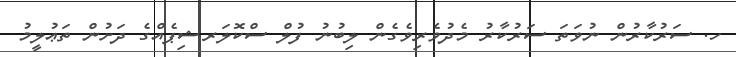
ހ. ސަރުކާރުން ނުވަތަ ސަރުކާރު މެދުވެރިވެގެން ލިބުނު ފުލް ސްކޮލަރޝިޕެއްގެ ދަށުން ތަޢުލީމު